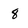
Character: 8